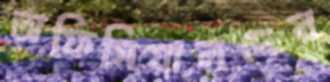
অফিসিয়ালদের